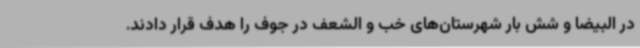
در البیضا و شش بار شهرستان‌های خب و الشعف در جوف را هدف قرار دادند.